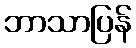
ဘာသာပြန်